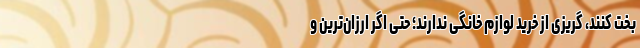
بخت کنند، گریزی از خرید لوازم خانگی ندارند؛ حتی اگر ارزان‌ترین و